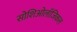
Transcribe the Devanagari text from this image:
सोशिओलॉजिकल